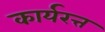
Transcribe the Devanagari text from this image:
कार्यरत्त